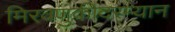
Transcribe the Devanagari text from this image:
मिरवणुकीदरम्यान